DOW-UAP-D63, Mission Report, Strait of Hormuz, October 2020
Agency: Department of War
Incident date: 10/1/20
Incident location: Strait of Hormuz
Page 3
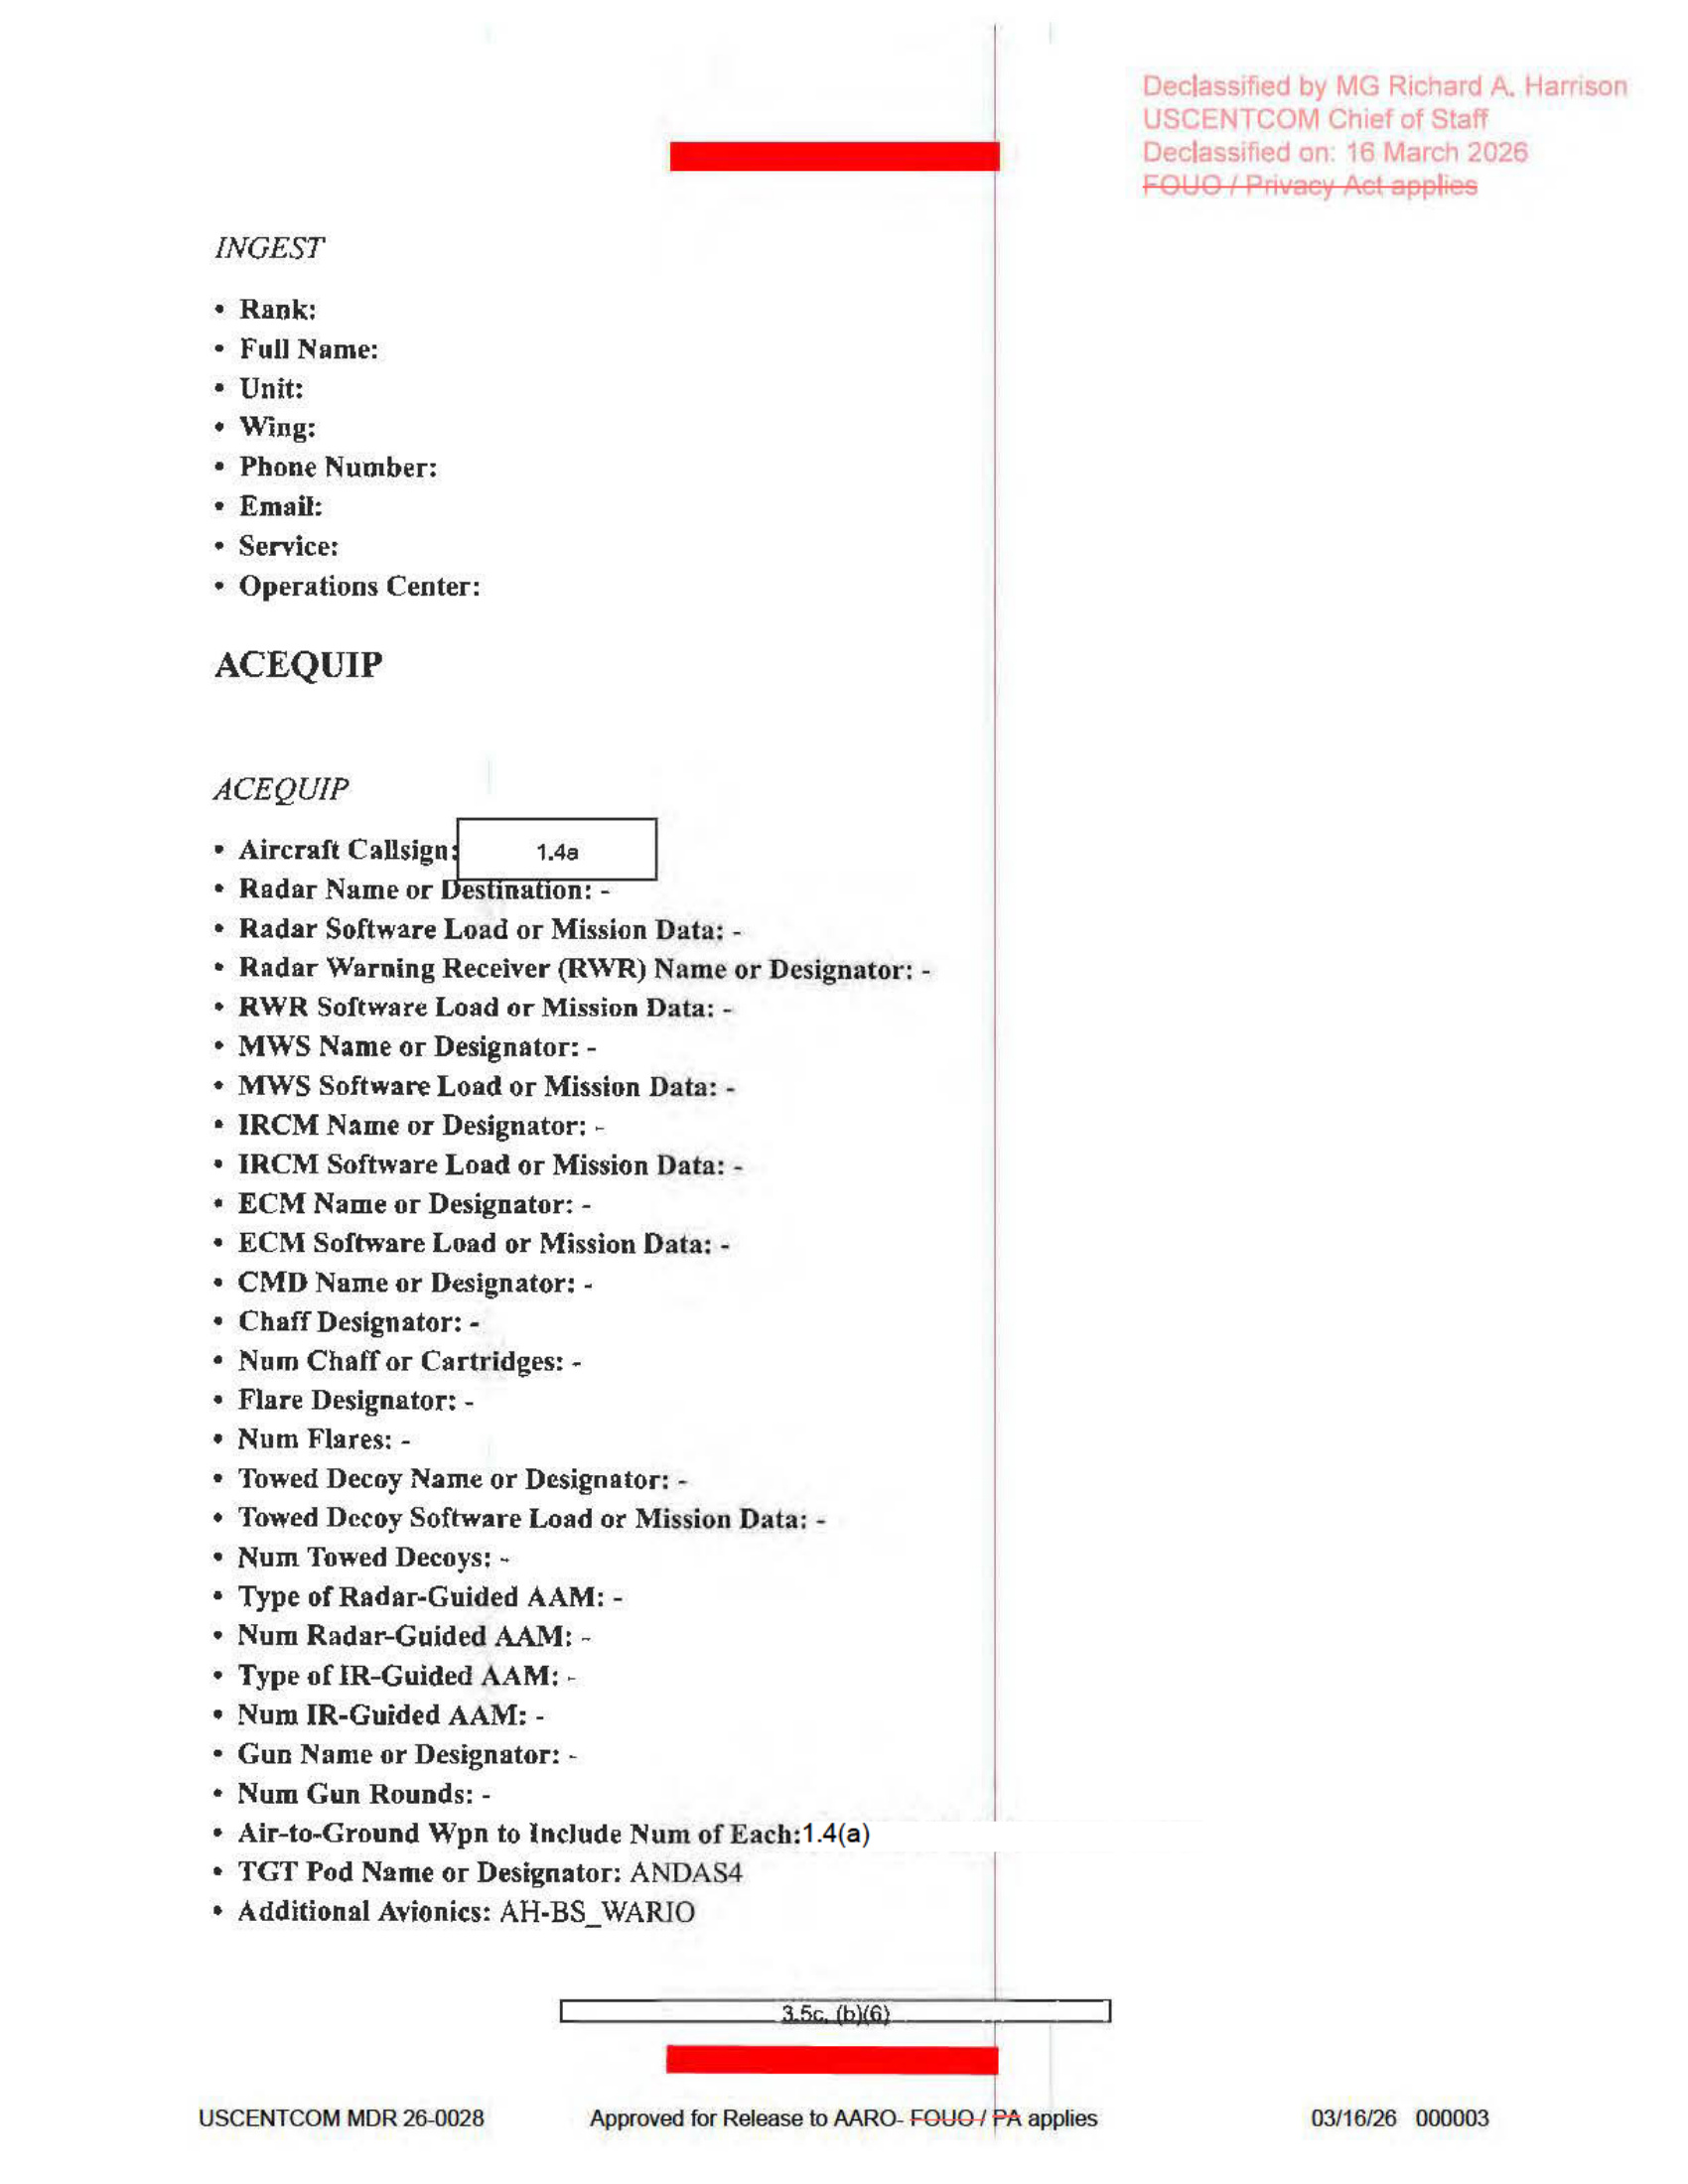